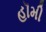
હૉમી